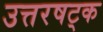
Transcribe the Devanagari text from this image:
उत्तरषट्क